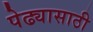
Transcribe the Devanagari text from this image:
पेढ्यासाठी